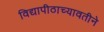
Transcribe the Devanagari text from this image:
विद्यापीठाच्यावतीने